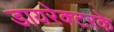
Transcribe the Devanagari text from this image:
डायरेक्टरके